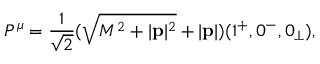
P ^ { \mu } = \frac { 1 } { \sqrt { 2 } } ( \sqrt { M ^ { 2 } + | { \bf p } | ^ { 2 } } + | { \bf p } | ) ( 1 ^ { + } , 0 ^ { - } , 0 _ { \perp } ) ,